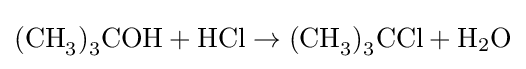
{\text{(CH}}_{3}{\text{)}}_{3}{\text{COH}}+{\text{HCl}}\rightarrow {\text{(CH}}_{3}{\text{)}}_{3}{\text{CCl}}+{\text{H}}_{2}{\text{O}}